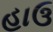
હાઉ